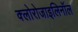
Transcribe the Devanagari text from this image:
क्लोरोजाइलिनॉल